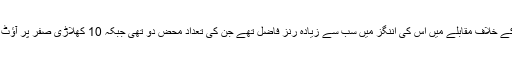
ہیس لنگٹن کے خلاف مقابلے میں اس کی اننگز میں سب سے زیادہ رنز فاضل تھے جن کی تعداد محض دو تھی جبکہ 10 کھلاڑی صفر پر آؤٹ ہوئے تھے۔